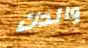
والدك